Report of the Indian Hemp Drugs Commission, 1894-1895 - Volume VIII
Year: 1894
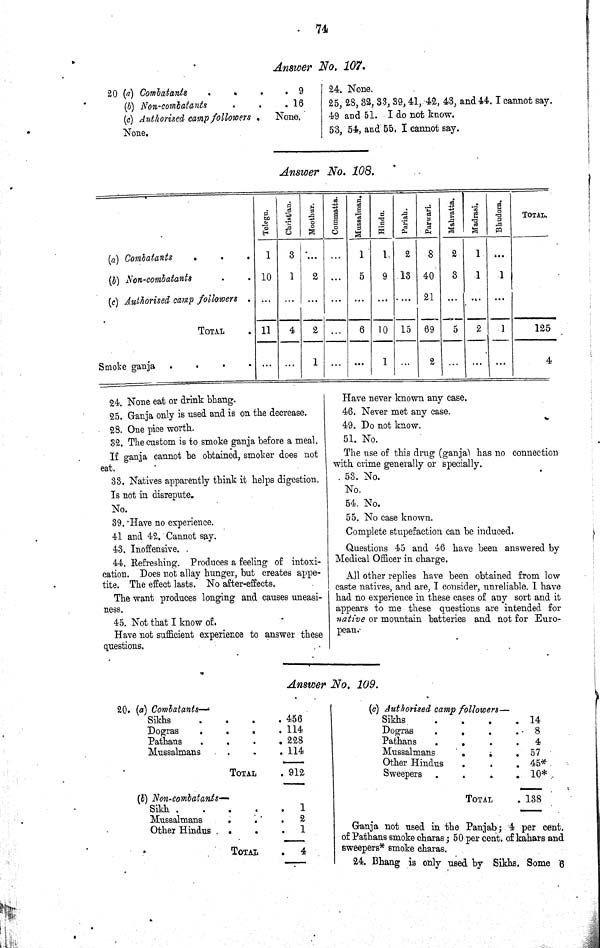
74
Answer No. 107.
20 (a) Combatants
9
(6) Non-combatants
16
(c) Authorised camp followers
None.
None.
24. None.
25, 28,32,33, 39, 41,42, 43, and 44, I cannot say.
49 and 51. I do not know.
53, 54, and 55. I cannot say.
Answer No. 108.
Telegu.
Christian.
Moothur.
Commatta.
Mussalman.
Hindu.
Pariah.
Parwari.
Mahratta.
Madrasi.
Bhudora.
TOTAL.
(a) Combatants
1
3
1
1
2
8
2
1
(b) Non-combatants
10
1
2
5
9 13 40
3
1
1
(c) Authorised camp followers
21
TOTAL
11
4
2
6 10 15 69
5
2
1
125
Smoke ganja
1
1
2
4
24. None eat or drink bhang.
25. Ganja only is used and is on the decrease.
28. One pice worth.
32. The custom is to smoke ganja before a meal.
If ganja cannot be obtained, smoker does not
eat.
33. Natives apparently think it helps digestion.
Is not in disrepute.
No.
39. Have no experience.
41 and 42. Cannot say.
43. Inoffensive.
44. Refreshing. Produces a feeling of intoxi-
cation. Does not allay hunger, but creates appe-
tite. The effect lasts. No after-effects.
The want produces longing and causes uneasi-
ness.
45. Not that I know of.
Have not sufficient experience to answer these
questions.
Have never known any case.
46. Never met any case.
49. Do not know.
51. No.
The use of this drug (ganja) has no connection
with crime generally or specially.
53. No.
No.
54. No.
55. No case known.
Complete stupefaction can be induced.
Questions 45 and 46 have been answered by
Medical Officer in charge.
All other replies have been obtained from low
caste natives, and are, I consider, unreliable. I have
had no experience in these cases of any sort and it
appears to me these questions are intended for
native or mountain batteries and not for Euro-
pean.
Answer No. 109.
20. (a) Combatants—
Sikhs
456
Dogras
114
Pathans
228
Mussalmans
114
TOTAL
912
(b) Non-combatants—
Sikh
1
Mussalmans
2
Other Hindus
1
TOTAL
4
(c) Authorised camp followers—
Sikhs
14
Dogras
8
Pathans
4
Mussalmans
57
Other Hindus
45*
Sweepers
10*
TOTAL
138
Ganja not used in the Panjab; 4 per cent.
of Pathans smoke charas; 50 per cent of kahars and
sweepers* smoke charas.
24. Bhang is only used by Sikhs. Some 6